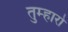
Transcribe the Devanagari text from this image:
तुम्‍हारो